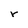
Character: r